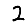
Digit: 2